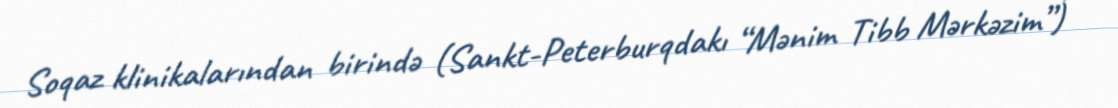
Soqaz klinikalarından birində (Sankt-Peterburqdakı “Mənim Tibb Mərkəzim”)